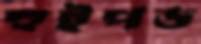
হুইপড